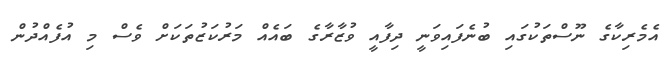
އެމެރިކާގެ ނޫސްތަކުގައި ބުނެފައިވަނީ ދިފާއީ ވުޒާރާގެ ބައެއް މަރުކަޒުތަކަށް ވެސް މި އުފެއްދުން